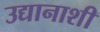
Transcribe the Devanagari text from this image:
उद्यानाशी